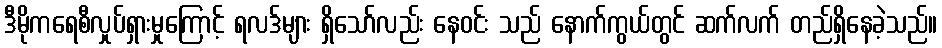
ဒီမိုကရေစီလှုပ်ရှားမှုကြောင့် ရလဒ်များ ရှိသော်လည်း နေဝင်း သည် နောက်ကွယ်တွင် ဆက်လက် တည်ရှိနေခဲ့သည်။